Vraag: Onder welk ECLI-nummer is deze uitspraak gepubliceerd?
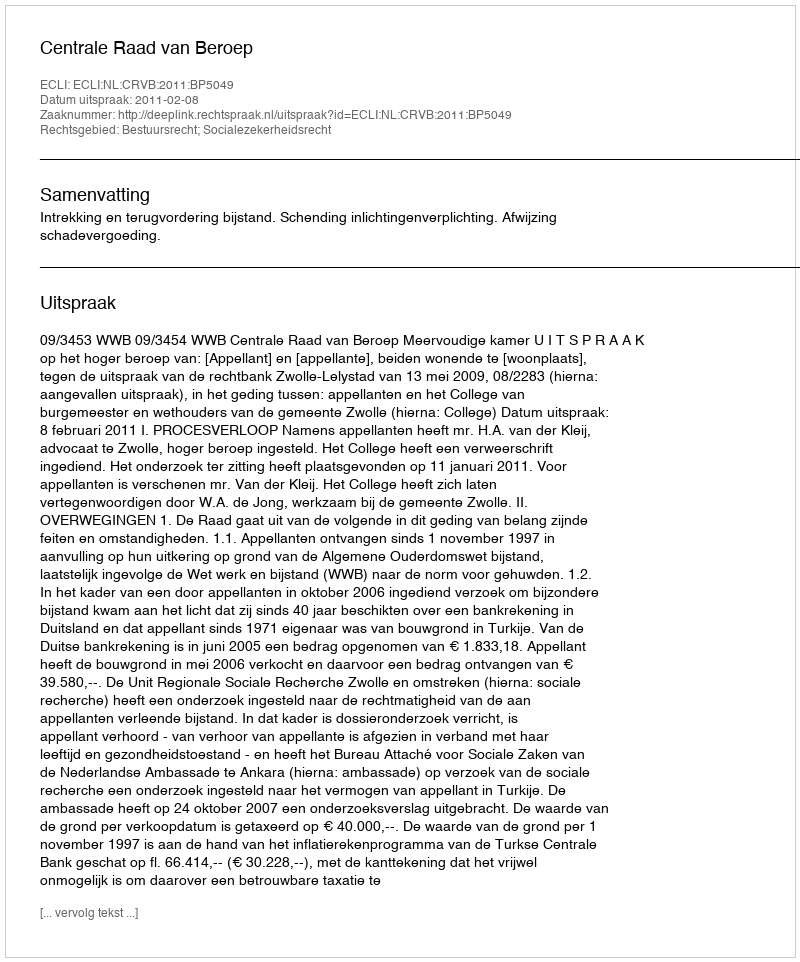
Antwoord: ECLI:NL:CRVB:2011:BP5049